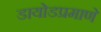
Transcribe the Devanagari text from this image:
डायोडप्रमाणे